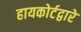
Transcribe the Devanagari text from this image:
हायकोर्टद्वारे